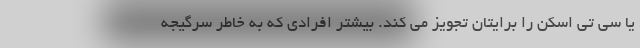
یا سی تی اسکن را برایتان تجویز می کند. بیشتر افرادی که به خاطر سرگیجه